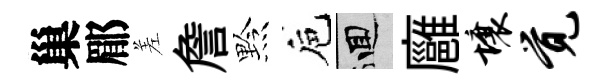
巢郿差詹黔巵回廱壤觉